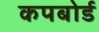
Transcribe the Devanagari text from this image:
कपबोर्ड